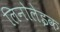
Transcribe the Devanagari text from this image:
लिनोलेइक